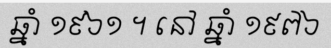
ឆ្នាំ ១៩៦១ ។ នៅ ឆ្នាំ ១៩៧៦